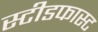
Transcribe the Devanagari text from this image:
स्टीडफास्ट